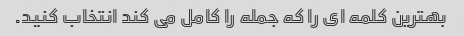
بهترین کلمه ای را که جمله را کامل می کند انتخاب کنید.